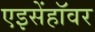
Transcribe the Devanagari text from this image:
एइसेंहॉवर